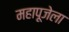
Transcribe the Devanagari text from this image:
महापूजेला